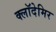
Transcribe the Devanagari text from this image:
क्लॉदेमिर